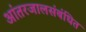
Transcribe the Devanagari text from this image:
आंतरजालसंबंधित